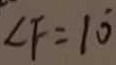
\angle F = 1 0 ^ { \circ }